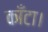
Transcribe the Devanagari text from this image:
काँटा।